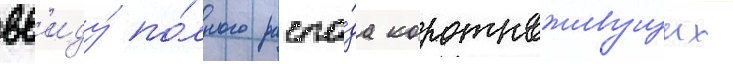
вв'иду́ по́лного распа́да короткоживущих